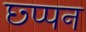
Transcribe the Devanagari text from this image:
छ्प्पन